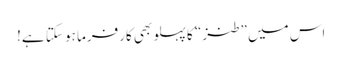
اس میں ”طنز“ کا پہلو بھی کارفرما ہو سکتا ہے!